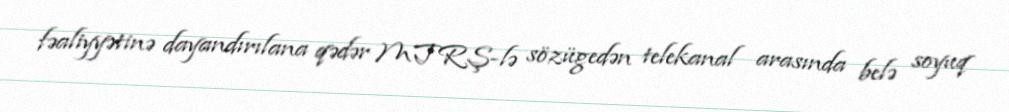
fəaliyyətinə dayandırılana qədər MTRŞ-lə sözügedən telekanal arasında belə soyuq